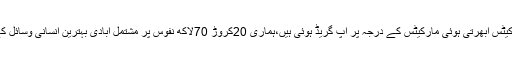
انہوں نے کہا کہ ہماری کیپٹل مارکیٹس ابھرتی ہوئی مارکیٹس کے درجہ پر اپ گریڈ ہوئی ہیں،ہماری 20کروڑ 70لاکھ نفوس پر مشتمل آبادی بہترین انسانی وسائل کے مواقعوں کی عکاسی کرتی ہے ۔